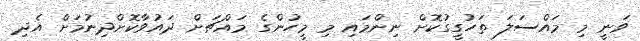
ވަނީ މި މައްސަލަ ތަހުގީގުކޮށް ނިންމައި މި މީހުންގެ މައްޗަށް ދައުވާކޮށްދިނުމަށް އެދި